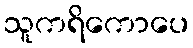
သူကရိကောပေ